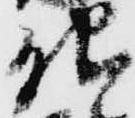
儀